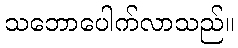
သဘောပေါက်လာသည်။